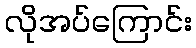
လိုအပ်ကြောင်း